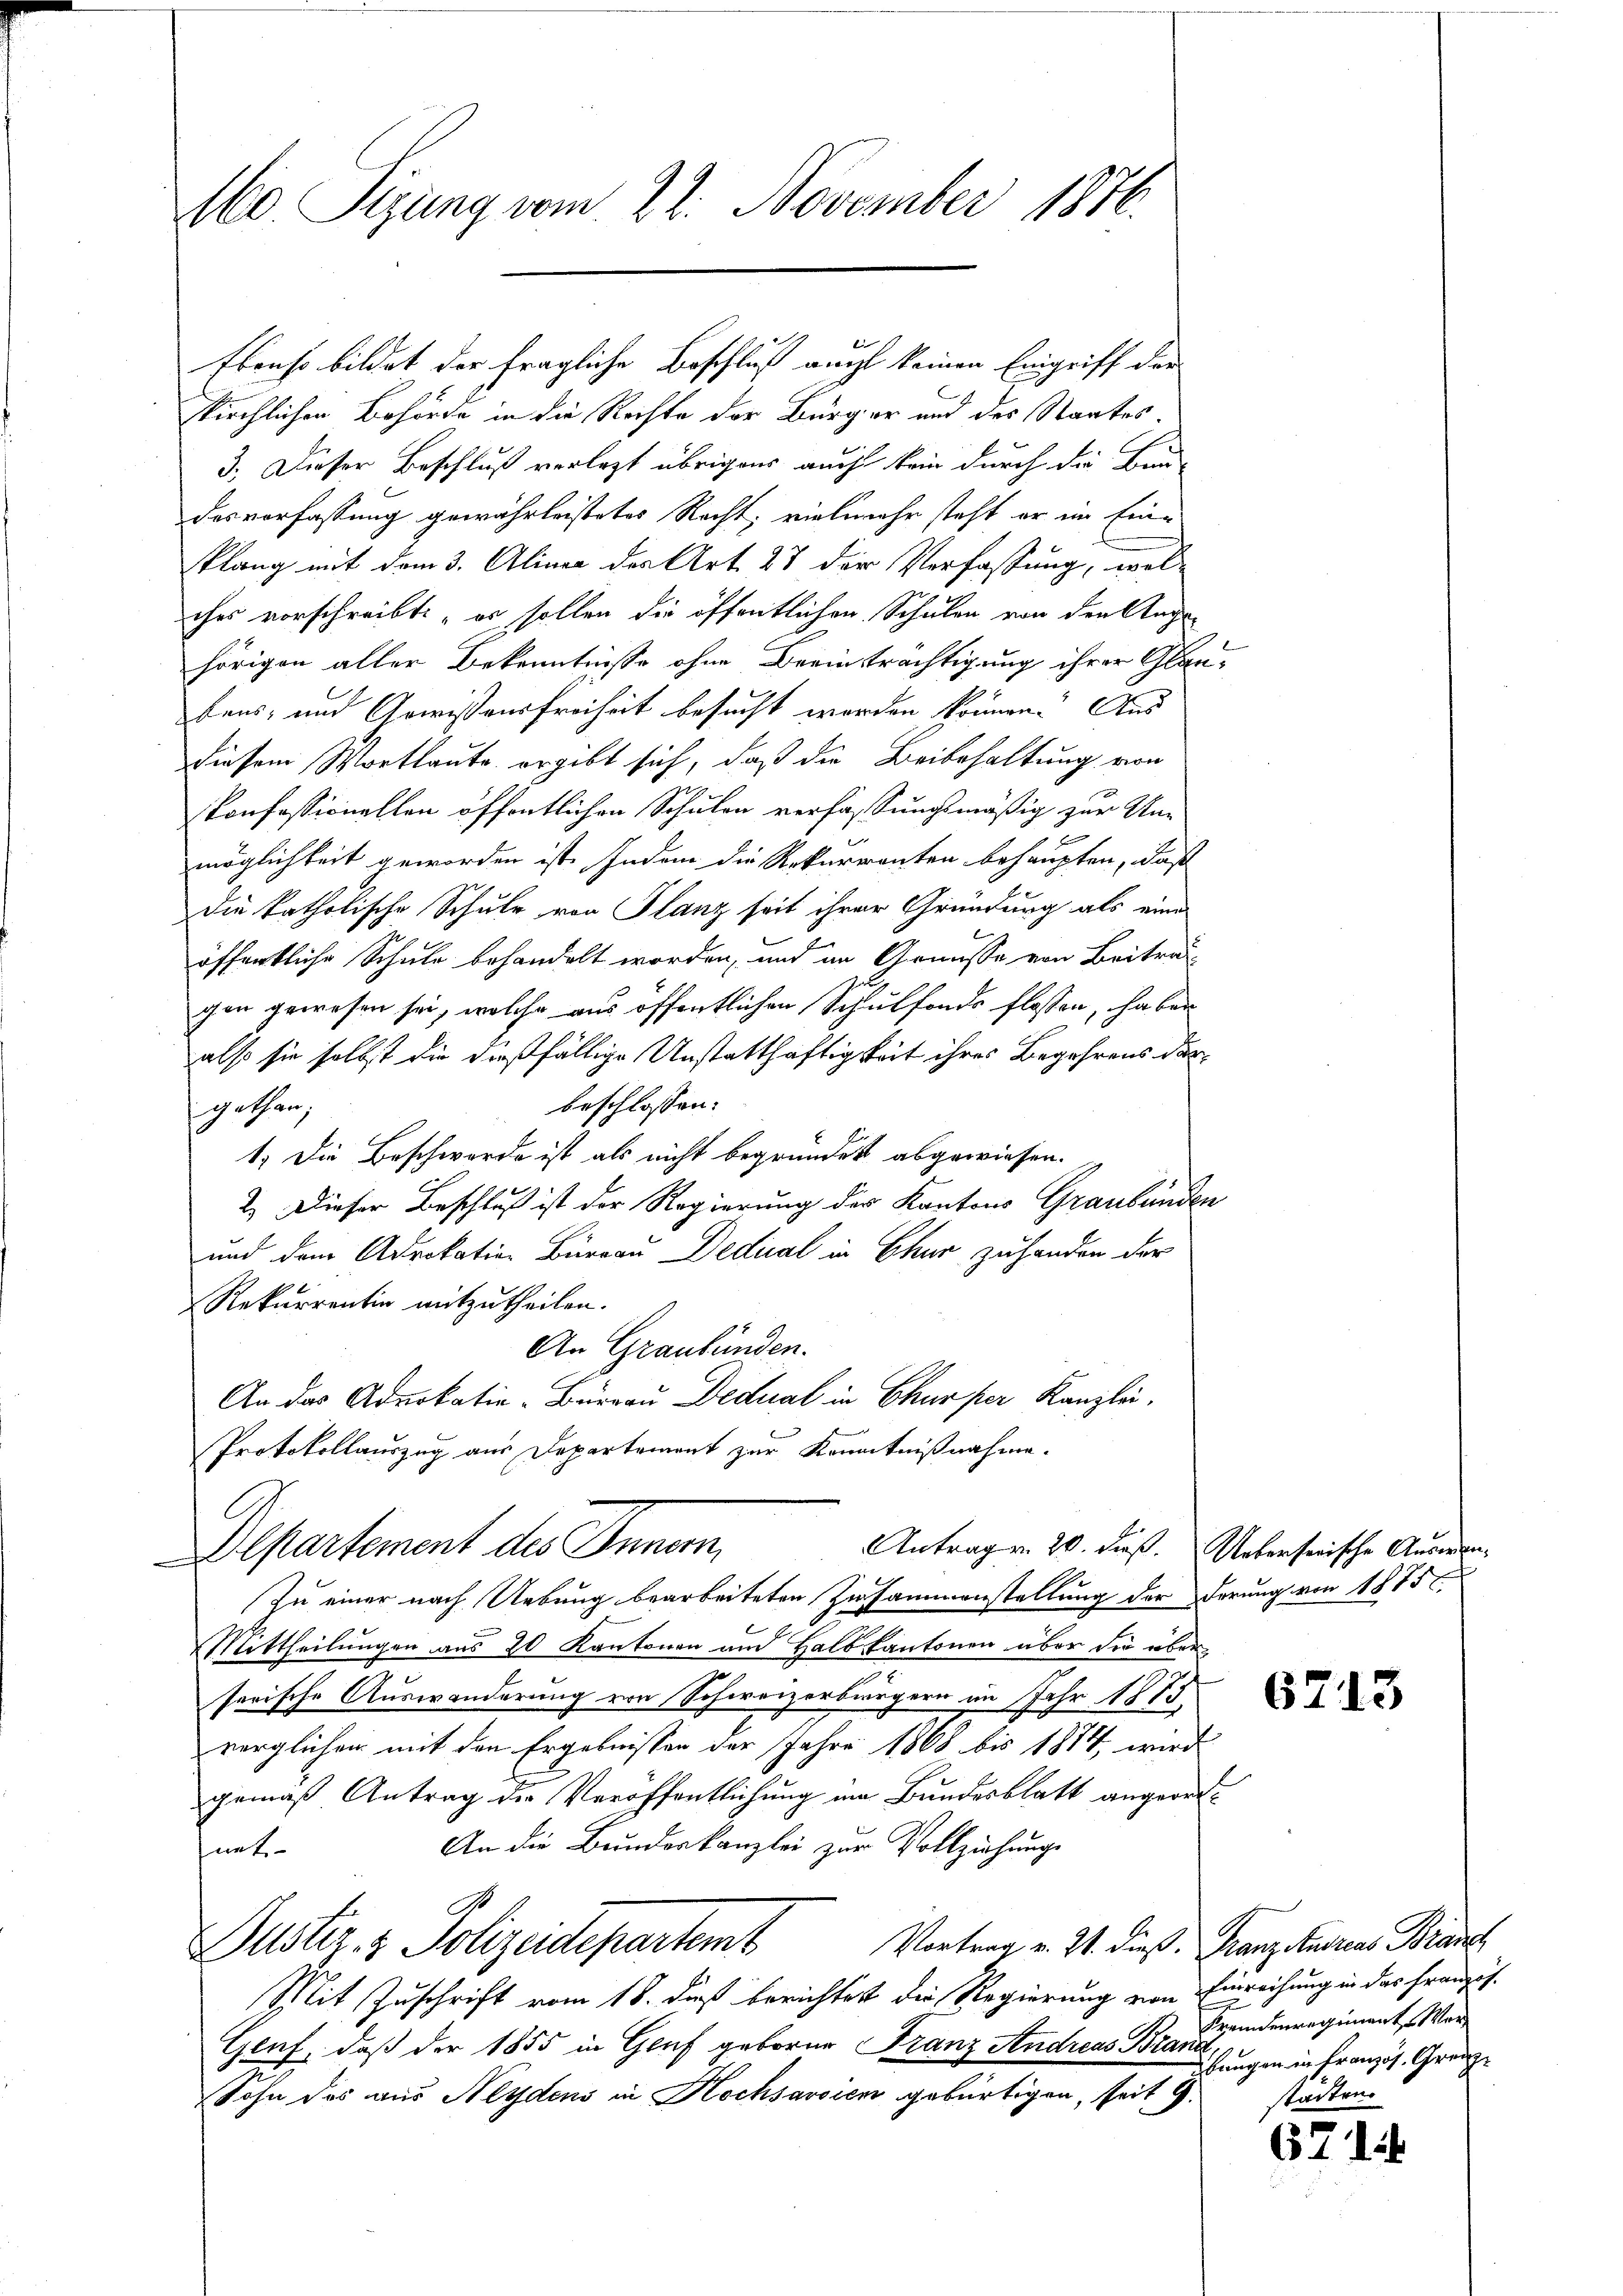
M0. Sizung vom 22. November 1876.

Ebenso bildet der fragliche Beschluß auch keinen Eingriff der
kirchlichen Behörde in die Rechte der Bürger und des Staates.
3.) Dieser Beschluß verlegt übrigens auch kein durch die Bun
desverfassung gewährleistetes Recht; vielmehr steht er am Eine
klang mit dem 3. Alinea des Art. 23 der Verfassung, wel-
ches vorschreibt: „es sollen die öffentlichen Schulen von den Angehörigen aller Bekenntnisse ohne Beeinträchtigung ihrer Glaubens- und Gewissensfreiheit besucht worden können. Aus
diesem Wortlaute ergibt sich, daß die Beibehaltung von
konfessionellen öffentlichen Schulen verfaßungsmäßig zur Unmöglichkeit geworden ist. Indem die Rekurrenten behaupten, daß
Die katholische Schule von Planz seit ihrer Gründung als eine
öffentliche Schule behandelt worden, und an Genüsse von Beitrag
gen gewesen sei, welche aus öffentlichen Schulfonde flossen, haben
also sie selbst die dießfällige Unstatthaftigkeit ihres Begehrens darbeschlossen:
gethan;
1. Die Beschwerde ist als nicht begründet abgewiesen.
2.) Dieser Beschluß ist der Regierung der Kantons Graubünden
und dem Advokation Bureau Dedical in Chur zu handen der
Rekurrentin mitzutheilen.
An Graubünden.
An das Advokatio-Bürrau Dedual in Chur per Kanzlei,
Protokollauszug aus Departement zur Kenntnißnahme.
Antrag v. 20. Fuß. Ueberserische Anomen¬
Alpartement des Innern.
Zu einer nach Uebung bearbeiteten Zusammenstellung der derung von 1875
Mittheilungen aus 20 Kantonen und Halb kantonen über die überserische Auswanderung von Schweizerbürgern im Jahr 1873
verglichen mit den Ergebnissen der Jahre 1868 bis 1874 wird
gemäß Antrag die Veröffentlichung im Bundesblatt angeord¬
An die Bundeskanzlei zur Vollziehungs
nnt
Vortrag v. 21. dieß. Franz studreas Branch
Justiz- & Polizeidepartemb
Mit Zuschrift vom 18. dieß berichtet die Regierung von Einreichung in das franzis¬
Geuf, daß der 1855 in Genf geboren Franz Andreas Brana
Sohn das aus Neydens in Hochsavien gebürtigen, seit 9.

6713

Fremdenregiment Wer
bungen in Französ. Grenz
städten.

62